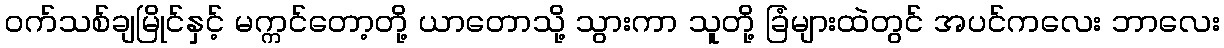
ဝက်သစ်ချမြိုင်နှင့် မက္ကင်တော့တို့ ယာတောသို့ သွားကာ သူတို့ ခြံများထဲတွင် အပင်ကလေး ဘာလေး